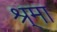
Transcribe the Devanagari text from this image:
श्र्मा